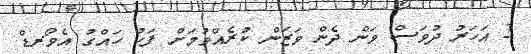
2 އަހަރު ދުވަސް ވަން ދެން ވަޒަން ކުރެއްވުމަށް ފަހު ހައްގު އެވޯރޑް